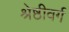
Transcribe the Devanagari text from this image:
श्रेष्ठीवर्ग